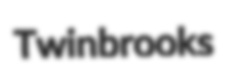
Twinbrooks